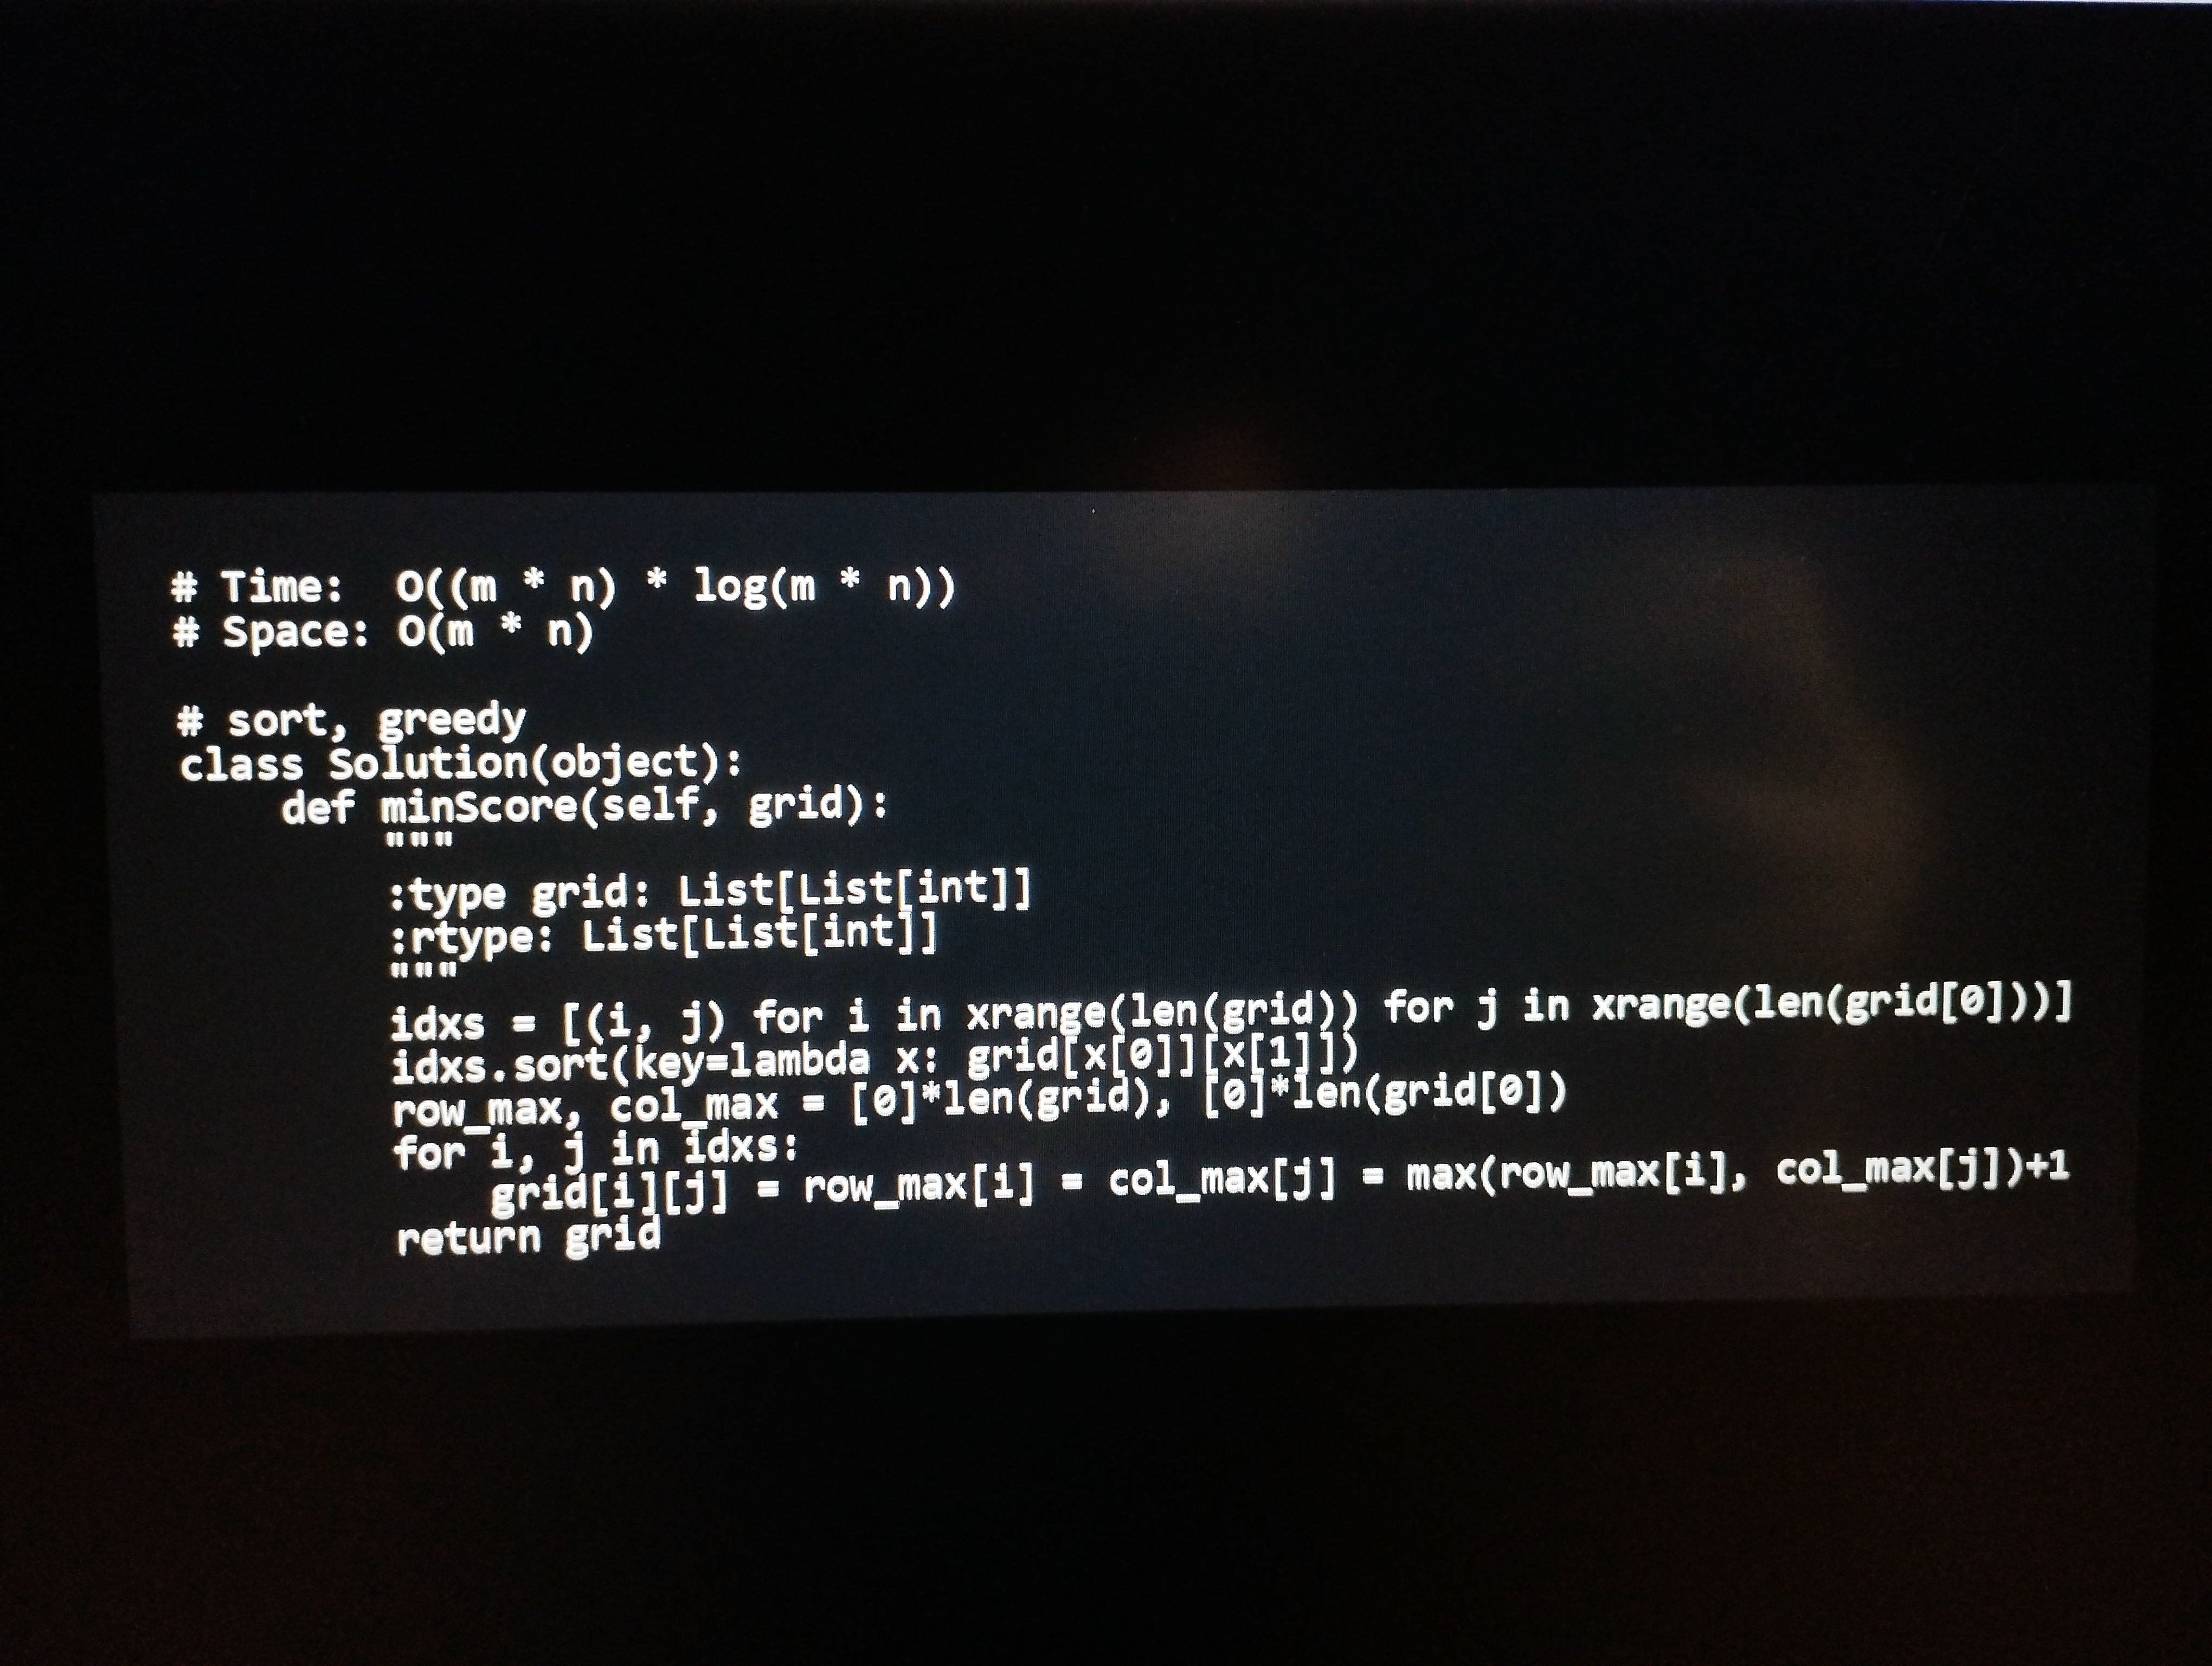
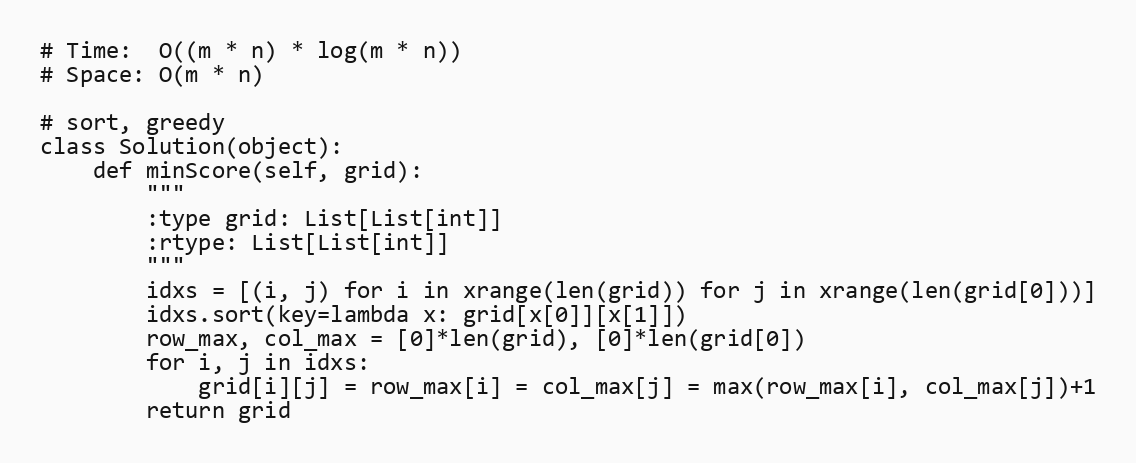
# Time:  O((m * n) * log(m * n))
# Space: O(m * n)

# sort, greedy
class Solution(object):
    def minScore(self, grid):
        """
        :type grid: List[List[int]]
        :rtype: List[List[int]]
        """
        idxs = [(i, j) for i in xrange(len(grid)) for j in xrange(len(grid[0]))]
        idxs.sort(key=lambda x: grid[x[0]][x[1]])
        row_max, col_max = [0]*len(grid), [0]*len(grid[0])
        for i, j in idxs:
            grid[i][j] = row_max[i] = col_max[j] = max(row_max[i], col_max[j])+1
        return grid